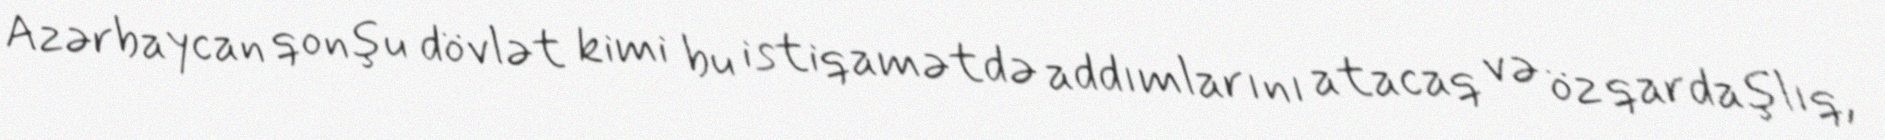
Azərbaycan qonşu dövlət kimi bu istiqamətdə addımlarını atacaq və öz qardaşlıq,